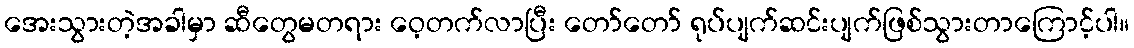
အေးသွားတဲ့အခါမှာ ဆီတွေမတရား ဝေ့တက်လာပြီး တော်တော် ရုပ်ပျက်ဆင်းပျက်ဖြစ်သွားတာကြောင့်ပါ။